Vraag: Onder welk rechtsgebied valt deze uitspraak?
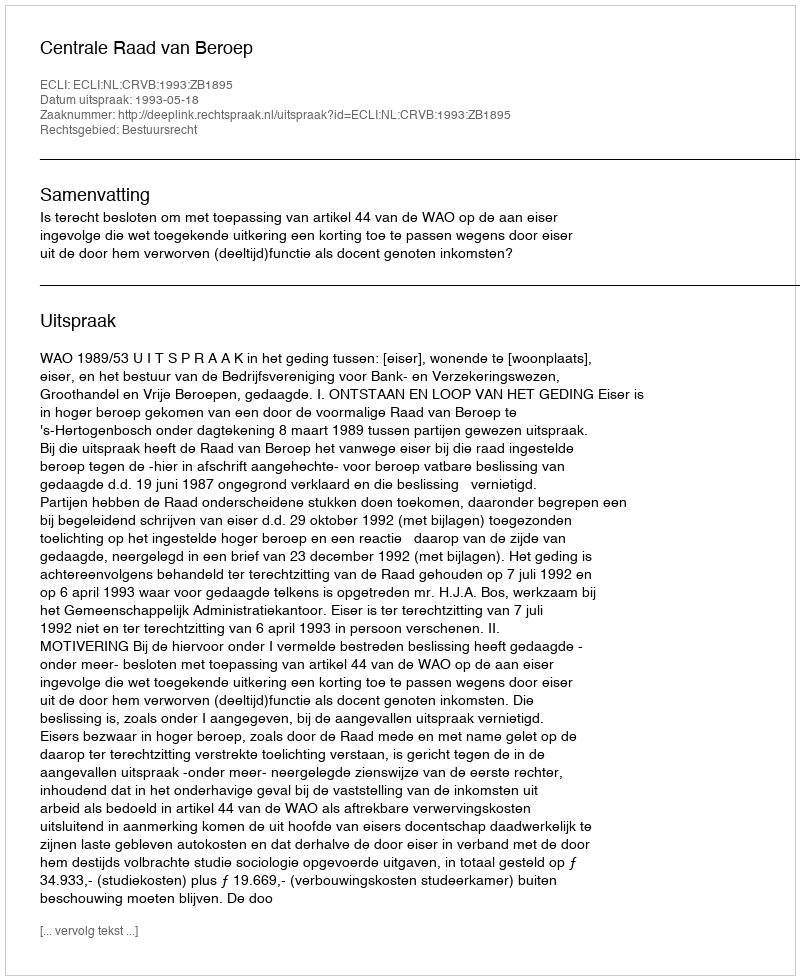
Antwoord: Bestuursrecht